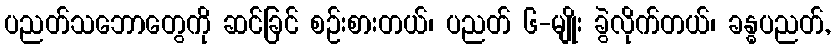
ပညတ်သဘောတွေကို ဆင်ခြင် စဉ်းစားတယ်၊ ပညတ် ၆-မျိုး ခွဲလိုက်တယ်၊ ခန္ဓပညတ်,